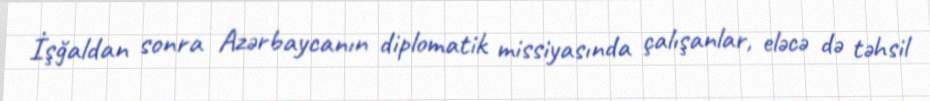
İşğaldan sonra Azərbaycanın diplomatik missiyasında çalışanlar, eləcə də təhsil